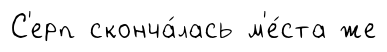
С'ерп сконча́лась м'е́ста же